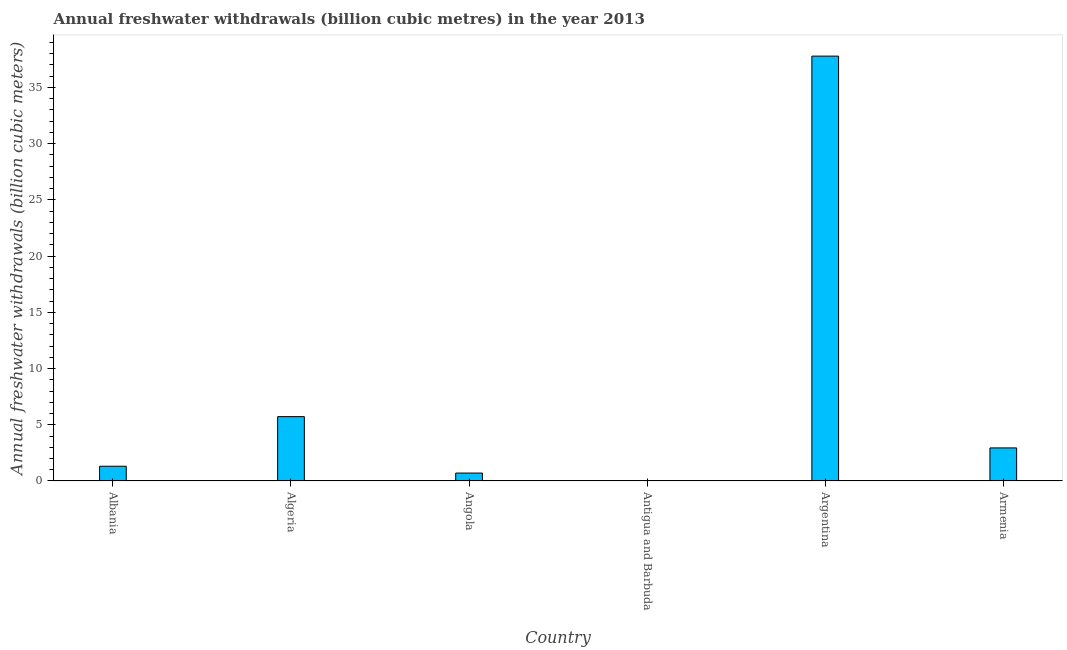
| Country | Annual freshwater withdrawals |
 | --- | --- |
 | Albania | 1.31 |
 | Algeria | 5.72 |
 | Angola | 0.706 |
 | Antigua and Barbuda | 0.0084 |
 | Argentina | 37.8 |
 | Armenia | 2.94 |